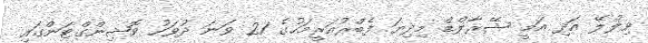
ވިލްލޭ އަދި އަމީ ޝޭރާލްޑް މިދިޔަ ފެބްރުއަރީމަހުގެ 21 ވަނަ ދުވަހު ވޮޝިންގްޓަންގައި